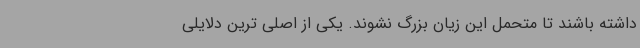
داشته باشند تا متحمل این زیان بزرگ نشوند. یکی از اصلی ترین دلایلی